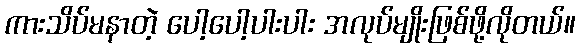
ကားသိပ်မနာတဲ့ ပေါ့ပေါ့ပါးပါး အလုပ်မျိုးဖြစ်ဖို့လိုတယ်။